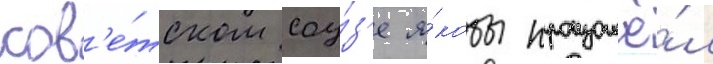
сов'е́тском соу́з'е я́кобы произошё́л